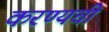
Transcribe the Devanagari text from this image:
करण्यची